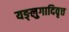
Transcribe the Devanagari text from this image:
यङ्लुगादिवृत्त